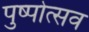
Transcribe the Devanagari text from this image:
पुष्पोत्सव